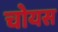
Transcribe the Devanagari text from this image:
चोयस